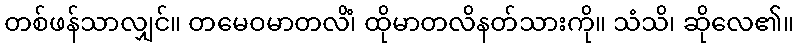
တစ်ဖန်သာလျှင်။ တမေဝမာတလိံ၊ ထိုမာတလိနတ်သားကို။ သံသိ၊ ဆိုလေ၏။